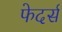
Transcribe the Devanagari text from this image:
फेदर्स